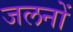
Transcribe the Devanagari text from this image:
जलनों